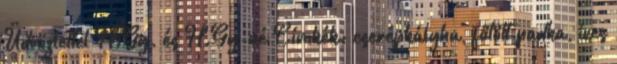
Üdvözlettel H.Gy. és H.Gy-né Címkék: cserépkályha, fűtött padka, íves